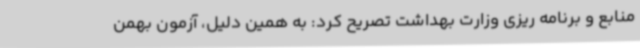
منابع و برنامه ریزی وزارت بهداشت تصریح کرد: به همین دلیل، آزمون بهمن